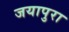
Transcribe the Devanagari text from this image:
जयापुरा